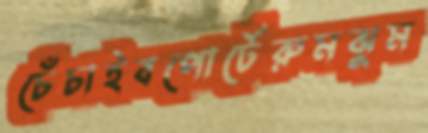
চেঁচাইবপোর্টেরুমঝুম